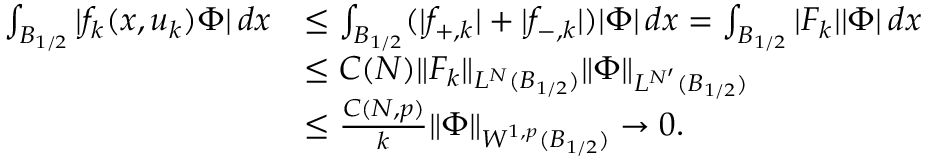
\begin{array} { r l } { \int _ { B _ { 1 / 2 } } | f _ { k } ( x , u _ { k } ) \Phi | \, d x } & { \le \int _ { B _ { 1 / 2 } } ( | f _ { + , k } | + | f _ { - , k } | ) | \Phi | \, d x = \int _ { B _ { 1 / 2 } } | F _ { k } | | \Phi | \, d x } \\ & { \le C ( N ) \| F _ { k } \| _ { L ^ { N } ( B _ { 1 / 2 } ) } \| \Phi \| _ { L ^ { N ^ { \prime } } ( B _ { 1 / 2 } ) } } \\ & { \le \frac { C ( N , p ) } { k } \| \Phi \| _ { W ^ { 1 , p } ( B _ { 1 / 2 } ) } \to 0 . } \end{array}